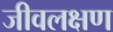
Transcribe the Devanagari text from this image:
जीवलक्षण